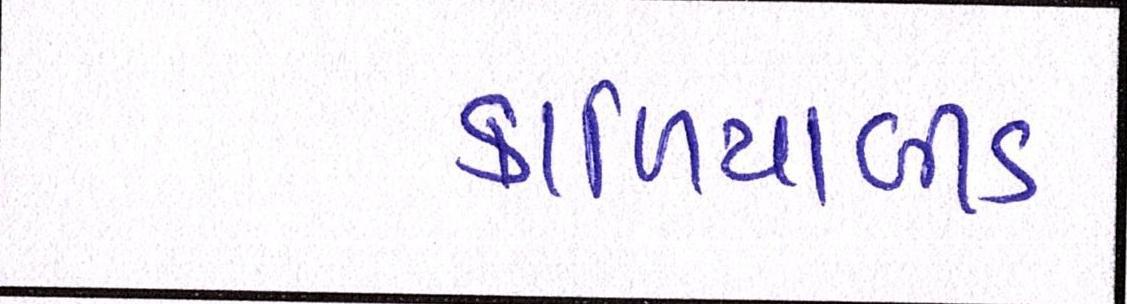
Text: કાળિયાબીડ